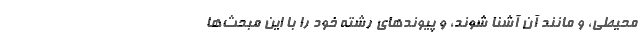
محیطی، و مانند آن آشنا شوند، و پیوندهای رشته خود را با این مبحث‌ها